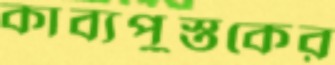
কাব্যপুস্তকের